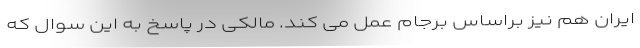
ایران هم نیز براساس برجام عمل می کند. مالکی در پاسخ به این سوال که